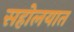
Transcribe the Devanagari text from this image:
सहोलयात